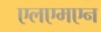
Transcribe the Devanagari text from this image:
एलएमएन